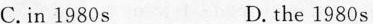
C.in 1980s D.the 1980s